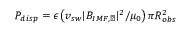
P _ { d i s p } = \epsilon \left( v _ { s w } | B _ { I M F , \perp } | ^ { 2 } / \mu _ { 0 } \right) \pi R _ { o b s } ^ { 2 }